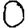
Digit: 0